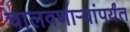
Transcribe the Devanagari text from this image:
चालवणार्‍यांपर्यंत